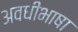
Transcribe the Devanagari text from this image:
अवधीभाषा